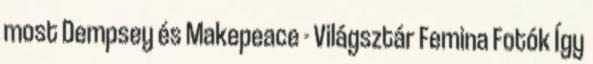
most Dempsey és Makepeace - Világsztár Femina Fotók Így